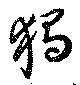
獨